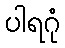
ပါရဂုံ